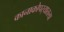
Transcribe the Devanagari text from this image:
कानाकोपर्‍यातल्या